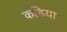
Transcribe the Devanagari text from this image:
कड़िया